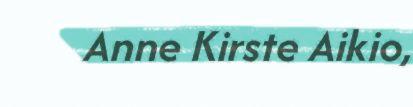
Anne Kirste Aikio,